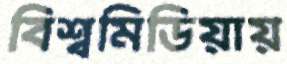
বিশ্বমিডিয়ায়